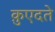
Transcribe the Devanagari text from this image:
क़ुएदते